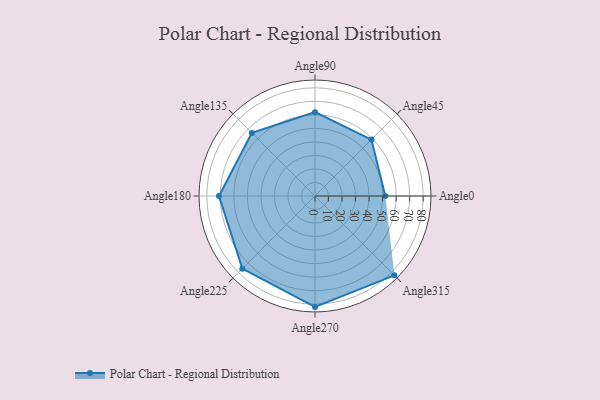
{"axis": {"x": "Angle", "y": "Radius"}, "legend": [""], "data": [{"x": "Angle0", "y": 52.0, "type": ""}, {"x": "Angle45", "y": 59.0, "type": ""}, {"x": "Angle90", "y": 62.0, "type": ""}, {"x": "Angle135", "y": 66.0, "type": ""}, {"x": "Angle180", "y": 71.0, "type": ""}, {"x": "Angle225", "y": 76.0, "type": ""}, {"x": "Angle270", "y": 82.0, "type": ""}, {"x": "Angle315", "y": 83.0, "type": ""}]}